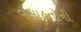
વસાહતોની